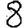
Digit: 8